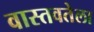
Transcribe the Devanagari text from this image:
वास्तवतेला